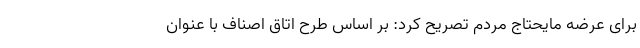
برای عرضه مایحتاج مردم تصریح کرد: بر اساس طرح اتاق اصناف با عنوان